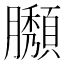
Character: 𦢶